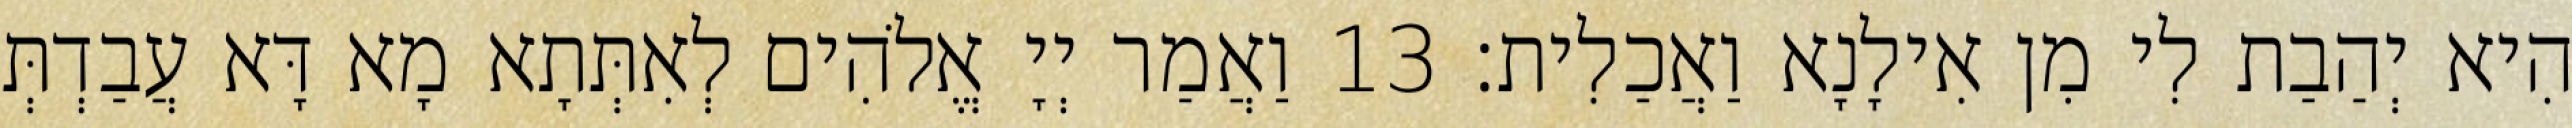
הִיא יְהַבַת לִי מִן אִילָנָא וַאֲכַלִית׃ 13 וַאֲמַר יְיָ אֱלֹהִים לְאִתְּתָא מָא דָּא עֲבַדְתְּ